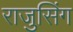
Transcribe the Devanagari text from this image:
राजुसिंग